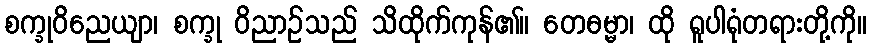
စက္ခုဝိညေယျာ၊ စက္ခု ဝိညာဉ်သည် သိထိုက်ကုန်၏။ တေဓမ္မာ၊ ထို ရူပါရုံတရားတို့ကို။